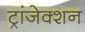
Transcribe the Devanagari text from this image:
ट्रांजेक्‍शन